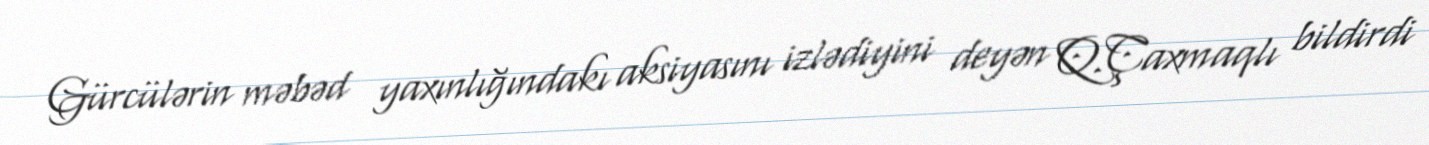
Gürcülərin məbəd yaxınlığındakı aksiyasını izlədiyini deyən Q.Çaxmaqlı bildirdi